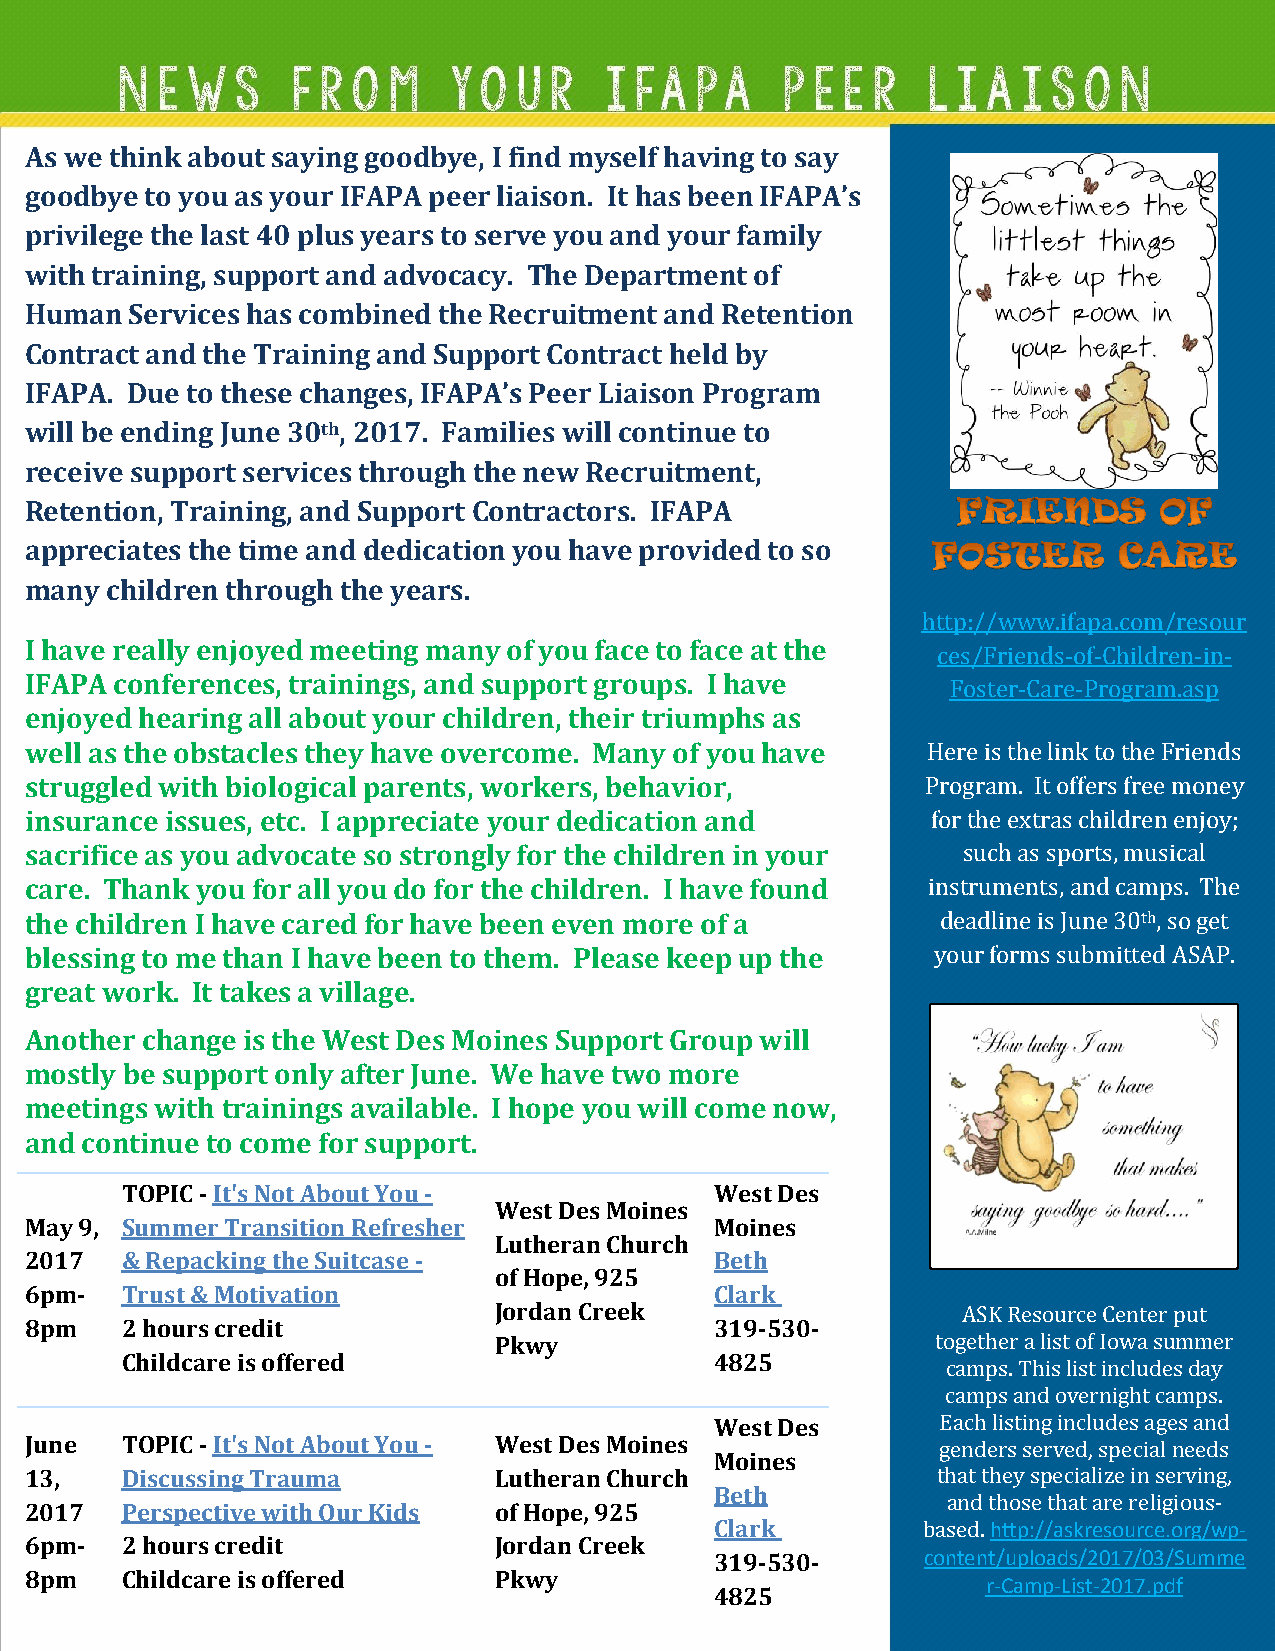
As we think about saying goodbye, I find myself having to say
 goodbye to you as your IFAPA peer liaison. It has been IFAPA’s
 privilege the last 40 plus years to serve you and your family
 with training, support and advocacy. The Department of
 Human  Services has combined the Recruitment and Retention
 Contract and the Training and Support Contract held by
 IFAPA. Due to these changes, IFAPA’s Peer Liaison Program
 will be ending June 30th, 2017. Families will continue to
 receive support services through the new Recruitment,
 Retention, Training, and Support Contractors. IFAPA
 appreciates the time and dedication you have provided to so
 many children through the years.
 http://www.ifapa.com/resour
 I have really enjoyed meeting many of you face to face at the
 ces/Friends-of-Children-in-
 IFAPA conferences, trainings, and support groups. I have
 Foster-Care-Program.asp
 enjoyed hearing all about your children, their triumphs as
 well as the obstacles they have overcome. Many of you have Here is the link to the Friends
 struggled with biological parents, workers, behavior,      Program. It offers free money
 insurance issues, etc. I appreciate your dedication and     for the extras children enjoy;
 sacrifice as you advocate so strongly for the children in your such as sports, musical
 care. Thank you for all you do for the children. I have found instruments, and camps. The
 the children I have cared for have been even more of a      deadline is June 30th, so get
 blessing to me than I have been to them. Please keep up the your forms submitted ASAP.
 great work. It takes a village.
 Another change is the West Des Moines Support Group will
 mostly be support only after June. We have two more
 meetings with trainings available. I hope you will come now,
 and continue to come for support.
 TOPIC - It's Not About You -           West Des
 West Des Moines
 May 9, Summer Transition Refresher           Moines
 Lutheran Church
 2017  & Repacking the Suitcase -             Beth
 of Hope, 925
 6pm-  Trust & Motivation                     Clark
 Jordan Creek                   ASK Resource Center put
 8pm   2 hours credit                         319-530-
 Pkwy                         together a list of Iowa summer
 Childcare is offered                   4825
 camps. This list includes day
 camps and overnight camps.
 West Des       Each listing includes ages and
 June  TOPIC - It's Not About You - West Des Moines          genders served, special needs
 Moines
 13,   Discussing Trauma        Lutheran Church              that they specialize in serving,
 Beth
 and those that are religious-
 2017  Perspective with Our Kids of Hope, 925
 Clark         based. http://askresource.org/wp-
 6pm-  2 hours credit           Jordan Creek
 319-530-      content/uploads/2017/03/Summe
 8pm   Childcare is offered     Pkwy
 r-Camp-List-2017.pdf
 4825